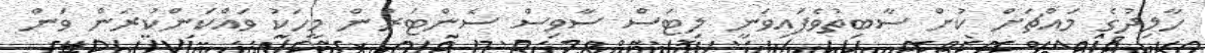
ހާލިދުގެ މައްޗަށް ކުށް ސާބިތުވެފައިވަނީ ލިޓަސް ސާވިސް ސެންޓަރުން މީހަކު ވައްކަންކުރަން ވަން